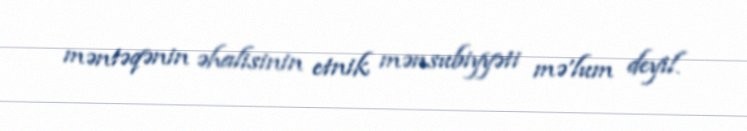
məntəqənin əhalisinin etnik mənsubiyyəti mə'lum deyil.